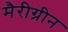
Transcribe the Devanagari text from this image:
मैरीग्रीन